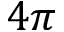
4 \pi